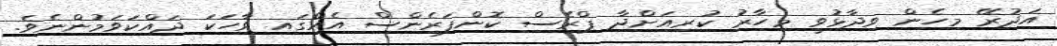
އަދުރޭ މިހެން ވިދާޅުވީ މިހާރު ކުރިއަށްދާ ޕްރެސް ކޮންފަރެންސް އެއްގައި ވާހަކަ ދައްކަވަމުންނެވެ.